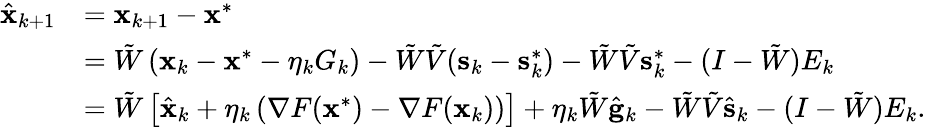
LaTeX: \begin{array}{rl}{\hat{\mathbf{x}}_{k+1}}&{=\mathbf{x}_{k+1}-\mathbf{x}^{*}}\\ &{=\tilde{W}\left(\mathbf{x}_{k}-\mathbf{x}^{*}-\eta_{k}G_{k}\right)-\tilde{W}\tilde{V}(\mathbf{s}_{k}-\mathbf{s}_{k}^{*})-\tilde{W}\tilde{V}\mathbf{s}_{k}^{*}-(I-\tilde{W})E_{k}}\\ &{=\tilde{W}\left[\hat{\mathbf{x}}_{k}+\eta_{k}\left(\nabla F(\mathbf{x}^{*})-\nabla F(\mathbf{x}_{k})\right)\right]+\eta_{k}\tilde{W}\hat{\mathbf{g}}_{k}-\tilde{W}\tilde{V}\hat{\mathbf{s}}_{k}-(I-\tilde{W})E_{k}.}\end{array}